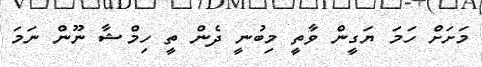
މަށަށް ހަމަ ޔަގީން ވާތީ މިބުނީ ދެން ތީ ހިމްޝާ ނޫން ނަމަ